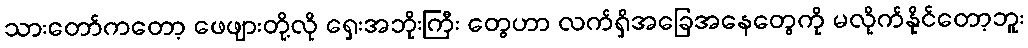
သားတော်ကတော့ ဖေဖျားတို့လို ရှေးအဘိုးကြီး တွေဟာ လက်ရှိအခြေအနေတွေကို မလိုက်နိုင်တော့ဘူး